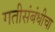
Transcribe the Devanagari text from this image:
गतीसंबंधीचा